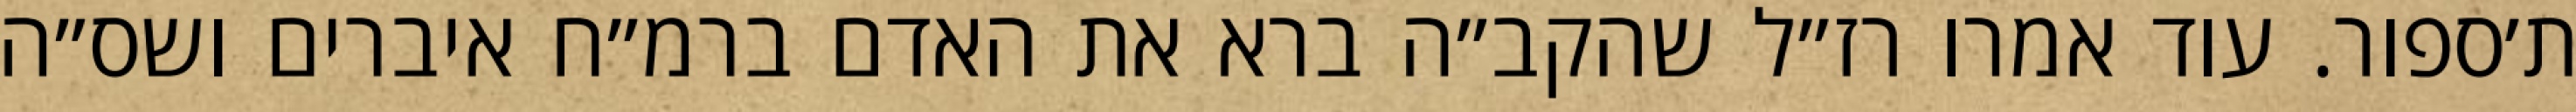
ת׳ספור. עוד אמרו רז״ל שהקב״ה ברא את האדם ברמ״ח איברים ושס״ה